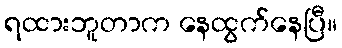
ရထားဘူတာက နေထွက်နေပြီ။